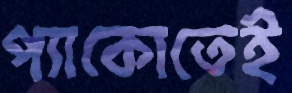
প্যাকোতেই